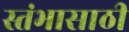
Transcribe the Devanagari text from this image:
स्तंभासाठी